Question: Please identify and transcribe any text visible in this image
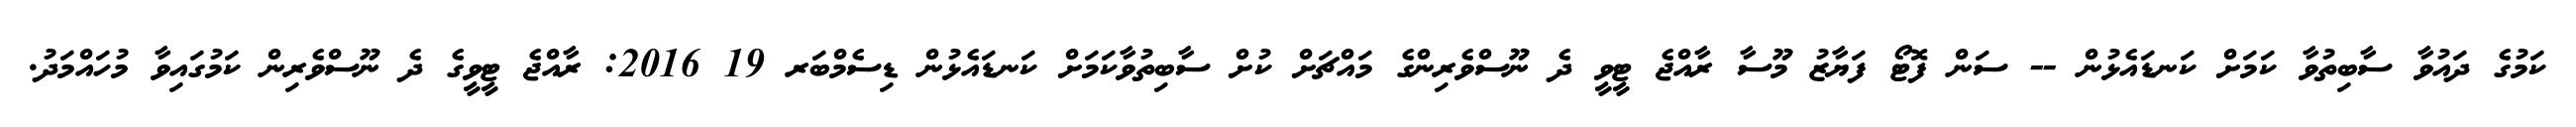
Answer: ކަމުގެ ދައުވާ ސާބިތުވާ ކަމަށް ކަނޑައެޅުން -- ސަން ފޮޓޯ ފަޔާޒު މޫސާ ރާއްޖެ ޓީވީ ދެ ނޫސްވެރިންގެ މައްޗަށް ކުށް ސާބިތުވާކަމަށް ކަނޑައެޅުން ޑިސެމްބަރ 19 2016: ރާއްޖެ ޓީވީގެ ދެ ނޫސްވެރިން ކަމުގައިވާ މުހައްމަދު.